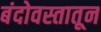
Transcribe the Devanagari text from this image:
बंदोवस्तातून